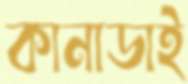
কানাডাই